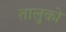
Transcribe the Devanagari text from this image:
तालुको